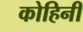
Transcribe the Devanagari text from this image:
कोहिनी